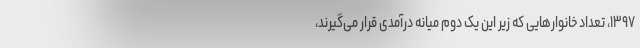
۱۳۹۷، تعداد خانوارهایی که زیر این یک دوم میانه درآمدی قرار می‌گیرند،